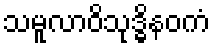
သမူလာဝိသုဒ္ဓိနဝကံ